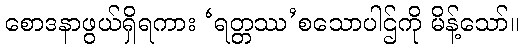
စောဒနာဖွယ်ရှိရကား ‘ရတ္တဿ’စသောပါဌ်ကို မိန့်သော်။